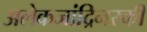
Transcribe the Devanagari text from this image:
अलेकजांद्रिनस्की